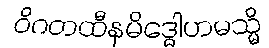
ဝိဂတထီနမိဒ္ဓေါဟမသ္မိ